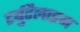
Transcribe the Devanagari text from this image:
टर्बुटैलाइन